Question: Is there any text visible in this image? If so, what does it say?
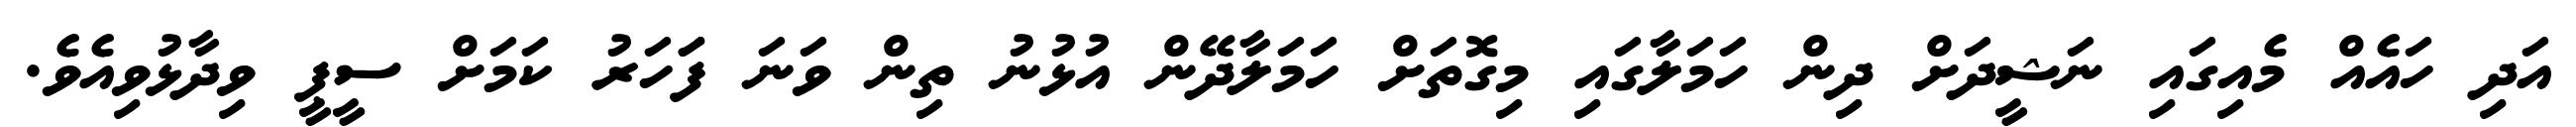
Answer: އަދި ހައެއް މެއިގައި ނަޝީދަށް ދިން ހަމަލާގައި މިގޮތަށް ހަމަލާދޭން އުޅުނު ތިން ވަނަ ފަަހަރު ކަމަށް ސީޕީ ވިދާޅުވިއެވެ.